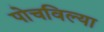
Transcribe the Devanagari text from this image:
पोचविल्या